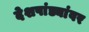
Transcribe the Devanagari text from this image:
देशपांड्यांवर